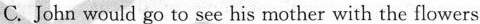
C. John would go to see his mother with the flowers